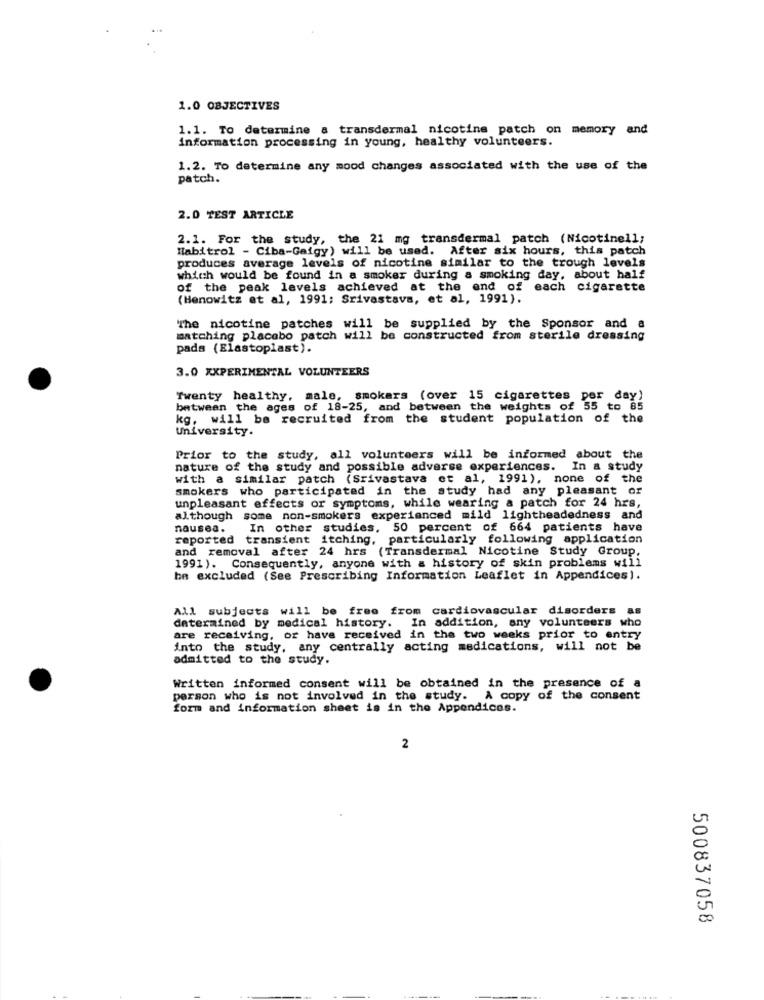
1.0 OBJECTIVES
1.1. To determine a transdermal nicotine patch on memory and
information processing in young, healthy volunteers.
1.2. To determine any mood changes associated with the use of the
patch.
2.0 TEST ARTICLE
2.1. For the study, the 21 mg transdermal patch (Nicotinell;
Habitrol - Ciba-Gaigy) will be used. After six hours, this patch
produces average levels of nicotine similar to the trough levels
which would be found in a smoker during a smoking day, about half
of the peak levels achieved at the end of each cigarette
(Henowitz et al, 1991; Srivastava, et al, 1991).
"The nicotine patches will be supplied by the Sponsor and a
matching placebo patch will be constructed from sterile dressing
pads (Elastoplast).
3.0 XXPERIMENTAL VOLUNTEERS
Twenty healthy, male, smokers (over 15 cigarettes per day)
between the ages of 18-25, and between the weights of 55 to 85
kg, will be recruited from the student population of the
University.
Prior to the study, all volunteers will be informed about the
nature of the study and possible adverse experiences. In a study
with a similar patch (Srivastava et al, 1991), none of the
smokers who participated in the study had any pleasant or
unpleasant effects or symptoms, while wearing a patch for 24 hrs,
although some non-smokers experienced mild lightheadedness and
nausea.
In other studies, 50 percent of 664 patients have
reported transient itching, particularly following application
and removal after 24 hrs (Transdermal Nicotine Study Group,
1991). Consequently, anyone with a history of skin problems will
be excluded (See Prescribing Information Leaflet in Appendices).
All subjects will be free from cardiovascular disorders as
determined by medical history. In addition, any volunteers who
are receiving, or have received in the two weeks prior to entry
into the study, any centrally acting medications, will not be
admitted to the study.
Written informed consent will be obtained in the presence of a
person who is not involved in the study. A copy of the consent
form and information sheet is in the Appendices.
2
500837058